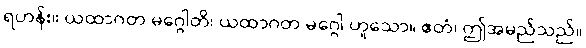
ရဟန်း။ ယထာဂတ မဂ္ဂေါတိ၊ ယထာဂတ မဂ္ဂေါ ဟူသော။ ဧတံ၊ ဤအမည်သည်။